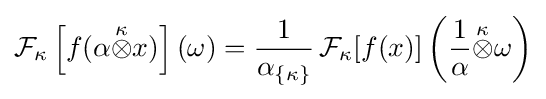
{\cal {F}}_{\kappa }\left[f(\alpha {\stackrel {\kappa }{\otimes }}x)\right](\omega )={1 \over \alpha _{\{\kappa \}}}\,{\cal {F}}_{\kappa }[f(x)]\left({\frac {1}{\alpha }}{\stackrel {\kappa }{\otimes }}\omega \right)